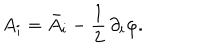
LaTeX: A _ { i } = \bar { A } _ { i } - \frac { 1 } { 2 } \, \partial _ { i } \varphi .